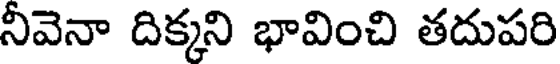
నీవెనా దిక్కని భావించి తదుపరి